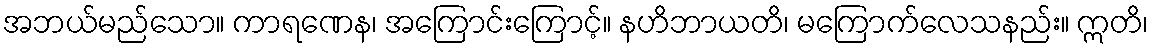
အဘယ်မည်သော။ ကာရဏေန၊ အကြောင်းကြောင့်။ နဟိဘာယတိ၊ မကြောက်လေသနည်း။ ဣတိ၊